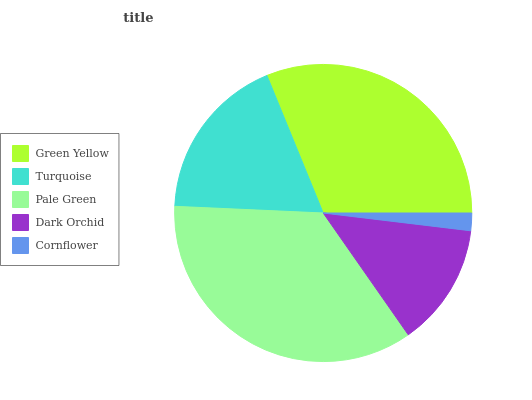
| Green Yellow | Turquoise | Pale Green | Dark Orchid | Cornflower |
 | --- | --- | --- | --- | --- |
 | 31.2% | 18.1% | 35.4% | 13.4% | 1.91% |